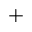
+